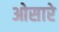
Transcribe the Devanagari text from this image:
ओसारे